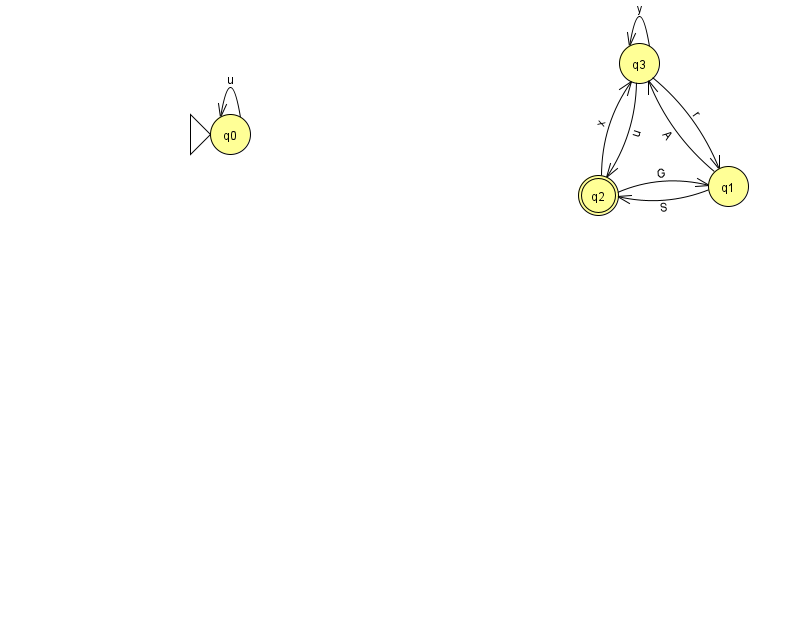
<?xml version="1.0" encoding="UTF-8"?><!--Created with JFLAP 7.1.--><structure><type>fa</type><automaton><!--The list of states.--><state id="0" name="q0"><x>230.0</x><y>121.0</y><initial/></state><state id="1" name="q1"><x>728.0</x><y>173.0</y></state><state id="2" name="q2"><x>598.0</x><y>182.0</y><final/></state><state id="3" name="q3"><x>639.0</x><y>50.0</y></state><!--The list of transitions.--><transition><from>3</from><to>2</to><read>u</read></transition><transition><from>0</from><to>0</to><read>u</read></transition><transition><from>3</from><to>1</to><read>r</read></transition><transition><from>3</from><to>3</to><read>y</read></transition><transition><from>1</from><to>3</to><read>A</read></transition><transition><from>2</from><to>1</to><read>G</read></transition><transition><from>2</from><to>3</to><read>x</read></transition><transition><from>1</from><to>2</to><read>S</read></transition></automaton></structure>